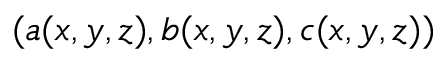
( a ( x , y , z ) , b ( x , y , z ) , c ( x , y , z ) )